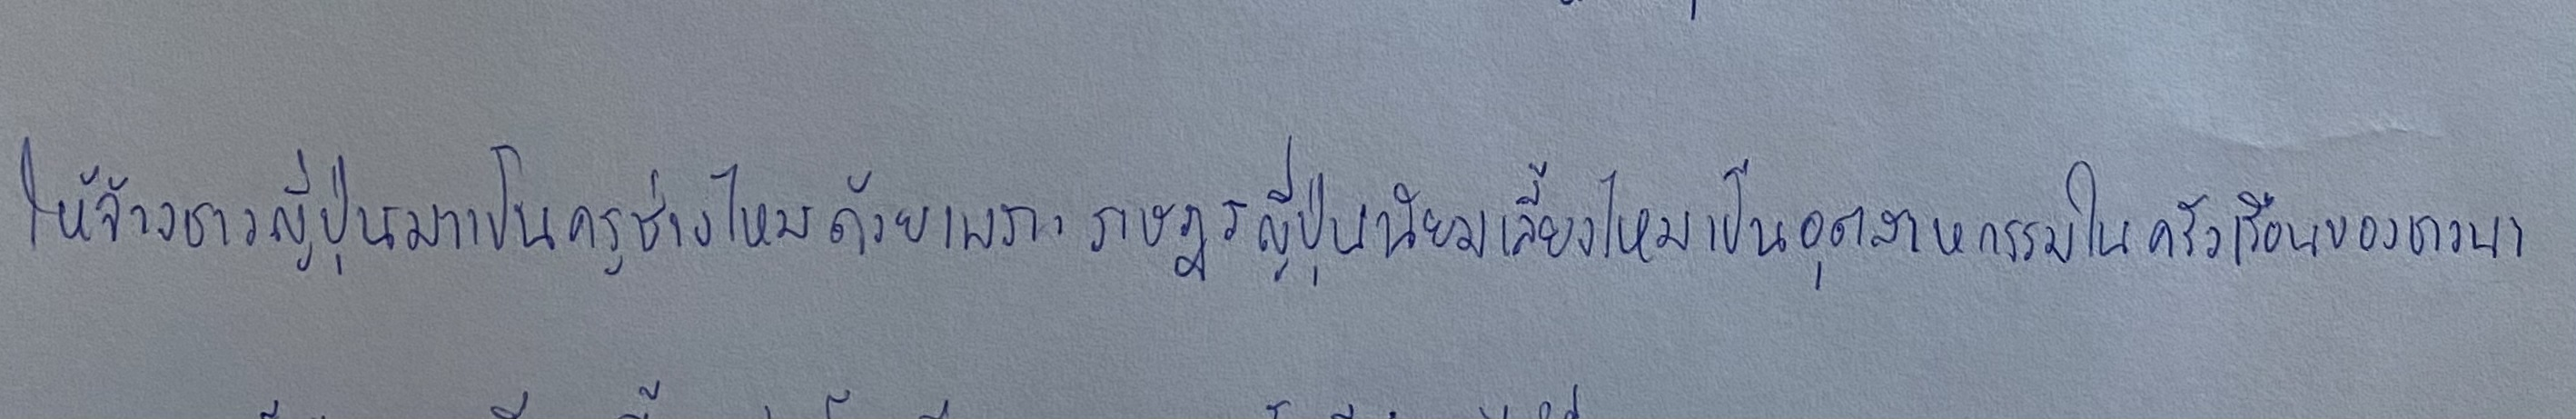
ให้จ้างชาวญี่ปุ่นมาเป็นครูช่างไหมด้วยเพราะราษฎรญี่ปุ่นนิยมเลี้ยงไหมเป็นอุตสาหกรรมในครัวเรือนของชาวนา